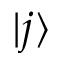
\vert j \rangle